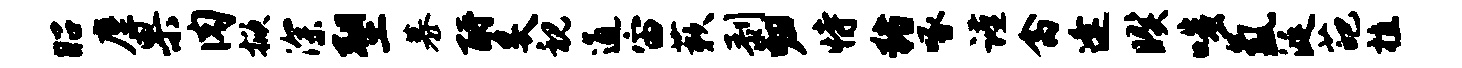
昭麈果肉掀深塑慕酹炙视通宙蔌剥归恃猪啄谨禽逢暌嗤氲涎葩植